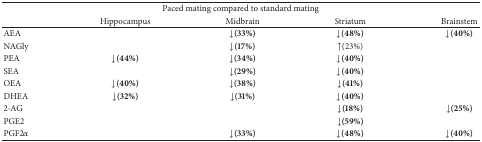
<table><thead><tr><td colspan="5"><b>Paced mating compared to standard mating</b></td></tr><tr><td><b> </b></td><td><b>Hippocampus</b></td><td><b>Midbrain</b></td><td><b>Striatum</b></td><td><b>Brainstem</b></td></tr></thead><tbody><tr><td>AEA</td><td> </td><td><b>↓(33%)</b></td><td><b>↓(48%)</b></td><td><b>↓(40%)</b></td></tr><tr><td>NAGly</td><td> </td><td><b>↓(17%)</b></td><td>↑(23%)</td><td> </td></tr><tr><td>PEA</td><td><b>↓(44%)</b></td><td><b>↓(34%)</b></td><td><b>↓(40%)</b></td><td> </td></tr><tr><td>SEA</td><td> </td><td><b>↓(29%)</b></td><td><b>↓(40%)</b></td><td> </td></tr><tr><td>OEA</td><td><b>↓(40%)</b></td><td><b>↓(38%)</b></td><td><b>↓(41%)</b></td><td> </td></tr><tr><td>DHEA</td><td><b>↓(32%)</b></td><td><b>↓(31%)</b></td><td><b>↓(40%)</b></td><td> </td></tr><tr><td>2-AG</td><td> </td><td> </td><td><b>↓(18%)</b></td><td><b>↓(25%)</b></td></tr><tr><td>PGE2</td><td> </td><td> </td><td><b>↓(59%)</b></td><td> </td></tr><tr><td>PGF2<i>α</i></td><td> </td><td><b>↓(33%)</b></td><td><b>↓(48%)</b></td><td><b>↓(40%)</b></td></tr></tbody></table>